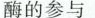
酶的参与